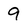
Character: 9